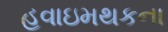
હવાઇમથકના